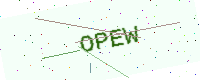
Text: OPEW